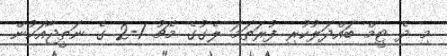
މި ދެ ޓީމް ބައްދަލުކުރި ފުރަތަމަ ލެގުގެ މެޗު 1-2 ގެ ނަތީޖާއަކުން